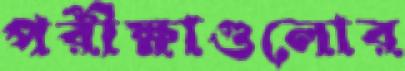
পরীক্ষাগুলোর